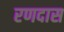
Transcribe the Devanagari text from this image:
रणदास